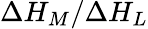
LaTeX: \Delta{H_{M}}/\Delta{H_{L}}